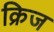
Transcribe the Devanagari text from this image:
क्रिज